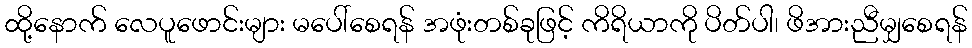
ထို့နောက် လေပူဖောင်းများ မပေါ်စေရန် အဖုံးတစ်ခုဖြင့် ကိရိယာကို ပိတ်ပါ၊ ဖိအားညီမျှစေရန်